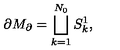
\partial M _ { \partial } = \bigsqcup _ { k = 1 } ^ { N _ { 0 } } S _ { k } ^ { 1 } ,